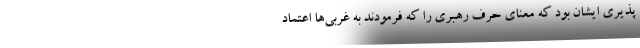
پذیری ایشان بود که معنای حرف رهبری را که فرمودند به غربی‌ها اعتماد